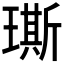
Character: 𤩐